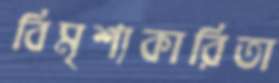
বিমৃশ্যকারিতা